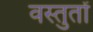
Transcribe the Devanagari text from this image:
वस्तुतों